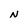
Character: N